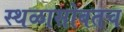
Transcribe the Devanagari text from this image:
स्थळासोबतच